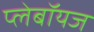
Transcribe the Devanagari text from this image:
प्लेबॉयज